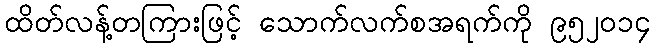
ထိတ်လန့်တကြားဖြင့် သောက်လက်စအရက်ကို ၉၅၂၀၁၄